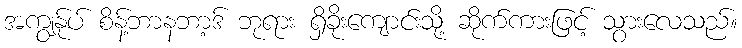
အကျွန်ုပ် စိန့်ဘာနဘာ့ဒ် ဘုရား ရှိခိုးကျောင်းသို့ ဆိုက်ကားဖြင့် သွားလေသည်။